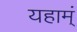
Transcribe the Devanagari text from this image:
यहाम्ं